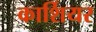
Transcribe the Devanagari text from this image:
कार्शियर